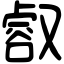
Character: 㕡